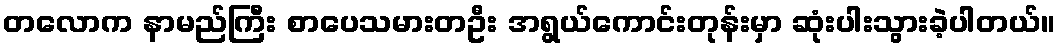
တလောက နာမည်ကြီး စာပေသမားတဦး အရွယ်ကောင်းတုန်းမှာ ဆုံးပါးသွားခဲ့ပါတယ်။